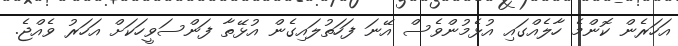
އަހަރެން ކޮންމެ ހާލެއްގައި އުޅެމުންވެސް އޭނަ ފަހަތުލައިގެން އުޅޭތާ ފަންސަވީހަކަށް އަހަރު ވެއްޖެ.